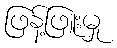
ဖြန့်ဖြူးမှု